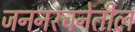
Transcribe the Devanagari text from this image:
जननरचनेतील